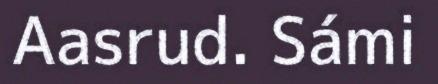
Aasrud. Sámi